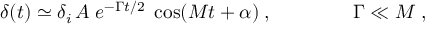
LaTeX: \delta ( t ) \simeq \delta _ { i } \, A \; e ^ { - { \Gamma t / 2 } } \; \cos ( M t + \alpha ) \; , \; \; \; \; \quad \quad \quad \Gamma \ll M \; , \nonumber